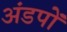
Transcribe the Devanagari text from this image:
अंडपों